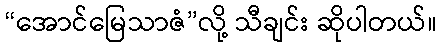
“အောင်မြေသာဇံ”လို့ သီချင်း ဆိုပါတယ်။